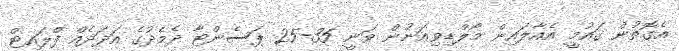
އެގޮތުން ގައުމީ އެއާލައިން މޯލްޑިވިއަނުން ވަނީ 35-25 ޕަސެންޓާ ދެމެދުގެ އަދަދެއް ފްލައިޓް